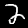
Digit: 2